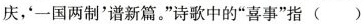
庆，‘一国两制’谱新篇。”诗歌中的”喜事”指（）